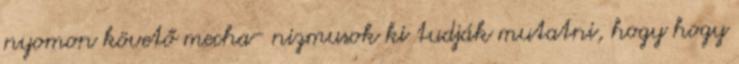
nyomon követő mecha- nizmusok ki tudják mutatni, hogy hogy